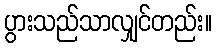
ပွားသည်သာလျှင်တည်း။